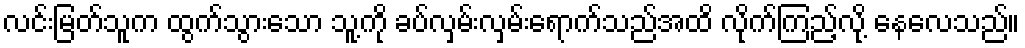
လင်းမြတ်သူက ထွက်သွားသော သူ့ကို ခပ်လှမ်းလှမ်းရောက်သည်အထိ လိုက်ကြည့်လို့ နေလေသည်။